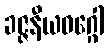
ခဇ္ဇနီယဝဂ္ဂေါ